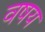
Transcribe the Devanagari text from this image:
वषय